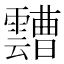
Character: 𩆦